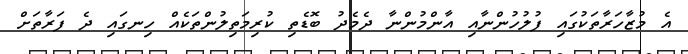
އެ މުޒާހަރާތަކުގައި ފުލުހުންނާއި އާންމުންނާ ދެމެދު ބޮޑެތި ކުރިމަތިލުންތަކެއް ހިނގައި ދެ ފަރާތަށް